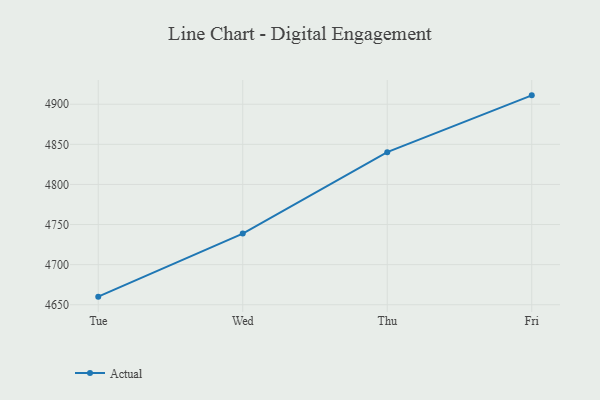
{"axis": {"x": "Day", "y": "Temperature (°C)"}, "legend": ["Actual"], "data": [{"x": "Tue", "y": 4660.1, "type": "Actual"}, {"x": "Wed", "y": 4738.7, "type": "Actual"}, {"x": "Thu", "y": 4840.3, "type": "Actual"}, {"x": "Fri", "y": 4911.1, "type": "Actual"}]}